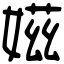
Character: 𡞰